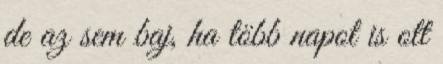
de az sem baj, ha több napot is ott